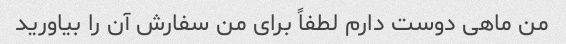
من ماهی دوست دارم لطفاً برای من سفارش آن را بیاورید